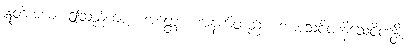
ဣတိအယံ၊ ဤသည်ကား။ အတ္ထော၊ အနက်တည်း။ အာသေဝိတနိသေဝိတန္တိ၊